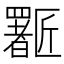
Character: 𱑈